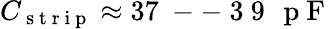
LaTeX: C_{\mathrm{~s~t~r~i~p~}}\approx 37\mathrm{~--~3~9~\, ~p~F~}